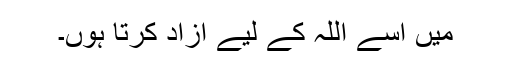
میں اسے اللہ کے لیے آزاد کرتا ہوں۔